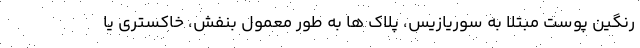
رنگین پوست مبتلا به سوریازیس، پلاک ها به طور معمول بنفش، خاکستری یا